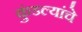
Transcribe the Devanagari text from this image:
कुंडल्यांचे